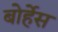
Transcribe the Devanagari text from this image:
बोर्हेस